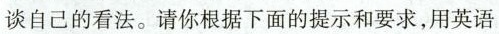
谈自己的看法。请你根据下面的提示和要求，用英语